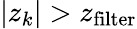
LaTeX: |z_{k}|>z_{\mathrm{filter}}